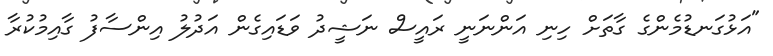
"އަޅުގަނޑުމެންގެ ގާތަށް ހިނި އަންނަނީ ރައީސް ނަޝީދު ވަޑައިގެން އަދުލު އިންސާފު ގާއިމުކުރާ